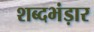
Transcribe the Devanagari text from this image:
शब्दभंड़ार